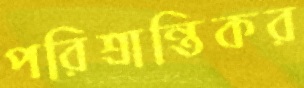
পরিশ্রান্তিকর